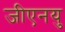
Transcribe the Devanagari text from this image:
जीएनयु